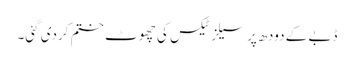
ڈبے کے دودھ پر سیلز ٹیکس کی چھوٹ ختم کردی گئی۔